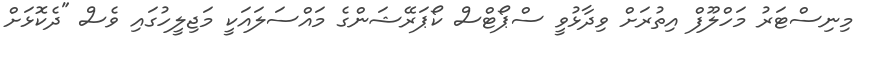
މިނިސްޓަރު މަހްލޫފް އިތުރަށް ވިދާޅުވީ ސްޕޯޓްސް ކޯޕަރޭޝަންގެ މައްސަލައަކީ މަޖިލީހުގައި ވެސް "ދެކޮޅަށް